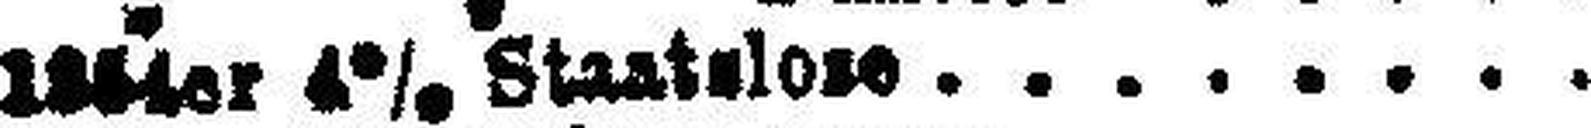
1854er 4% Staatalose